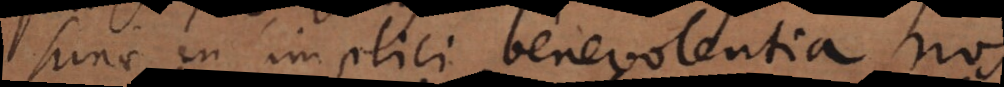
hinc in simplici benevolentia nos